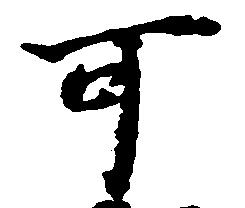
可